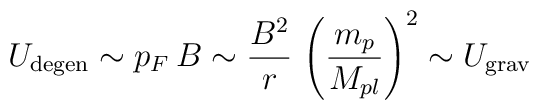
U_{\mathrm{degen}} \sim p_F\, B \sim \frac{B^2}{r}\,\left(\frac{m_p}{M_{pl}}\right)^2 \sim U_{\mathrm{grav}}